画像に写った文字を読んでください
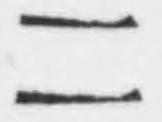
「二」と書いてあります